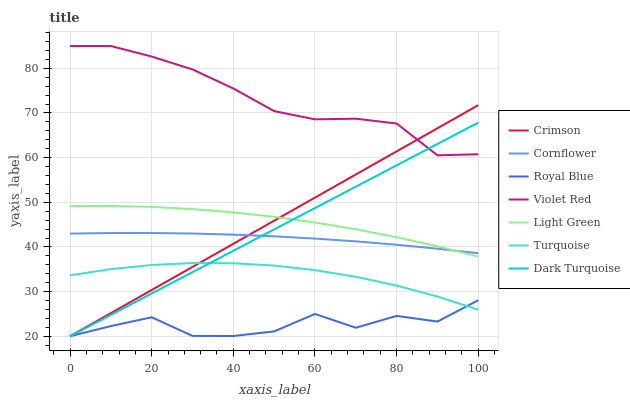
| xaxis_label | Crimson | Cornflower | Royal Blue | Violet Red | Light Green | Turquoise | Dark Turquoise |
 | --- | --- | --- | --- | --- | --- | --- | --- |
 | 0 | 20 | 43 | 20 | 85 | 49.1 | 33.6 | 20 |
 | 10 | 25.2 | 43.1 | 22.3 | 85 | 49.2 | 35 | 24.8 |
 | 20 | 30.4 | 43.1 | 24.3 | 82.6 | 49 | 36 | 29.6 |
 | 30 | 35.5 | 43 | 20.1 | 79.8 | 48.5 | 36.4 | 34.4 |
 | 40 | 40.7 | 42.8 | 20.1 | 75.5 | 47.7 | 36.3 | 39.1 |
 | 50 | 45.9 | 42.4 | 21.1 | 70.4 | 46.7 | 35.8 | 43.9 |
 | 60 | 51.1 | 41.9 | 25 | 68.6 | 45.5 | 34.8 | 48.7 |
 | 70 | 56.2 | 41.2 | 21.9 | 68.7 | 44 | 33.3 | 53.5 |
 | 80 | 61.4 | 40.5 | 24.6 | 67.6 | 42.2 | 31.3 | 58.3 |
 | 90 | 66.6 | 39.6 | 23.3 | 60.5 | 40.1 | 28.9 | 63.1 |
 | 100 | 71.8 | 38.6 | 28.1 | 60.8 | 37.9 | 26 | 67.9 |